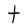
Character: t